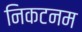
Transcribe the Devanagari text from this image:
निकटनम